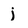
Character: j